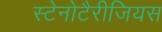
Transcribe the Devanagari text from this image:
स्टेनोटैरीजियस